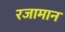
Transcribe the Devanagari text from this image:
रजामान